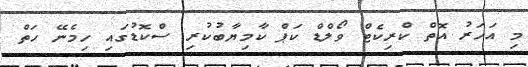
މި އަހަރު އޮތް ކްރިކެޓް ވޯލްޑް ކަޕް ކާމިޔާބުކުރި ސްކޮޑުގައި ހިމެނޭ ހަތް